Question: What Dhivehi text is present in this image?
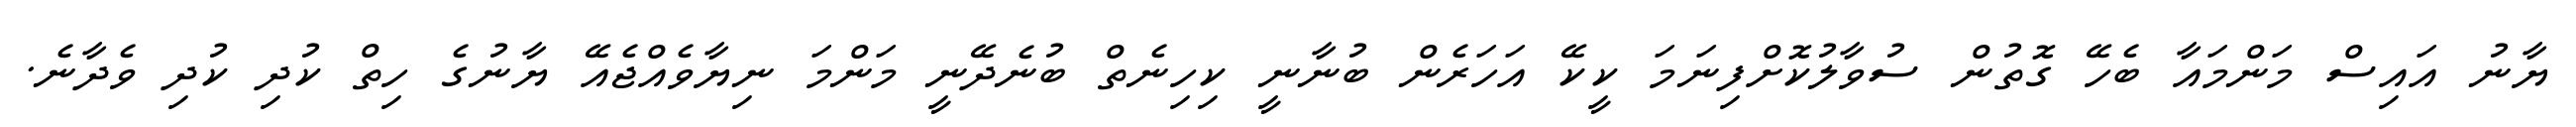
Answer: ޔާނު އައިސް މަންމައާ ބެހޭ ގޮތުން ސުވާލުކޮށްފިނަމަ ކީކޭ އަހަރެން ބުނާނީ ކިހިނެތް ބުނެދޭނީ މަންމަ ނިޔާވެއްޖެއޭ ޔާނުގެ ހިތް ކުދި ކުދި ވެދާނެ.